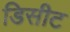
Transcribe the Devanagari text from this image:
डिसीट